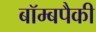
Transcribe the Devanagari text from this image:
बॉम्बपैकी